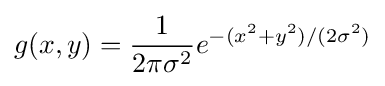
g(x,y)={\frac {1}{2\pi \sigma ^{2}}}e^{-(x^{2}+y^{2})/(2\sigma ^{2})}